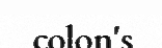
colon's